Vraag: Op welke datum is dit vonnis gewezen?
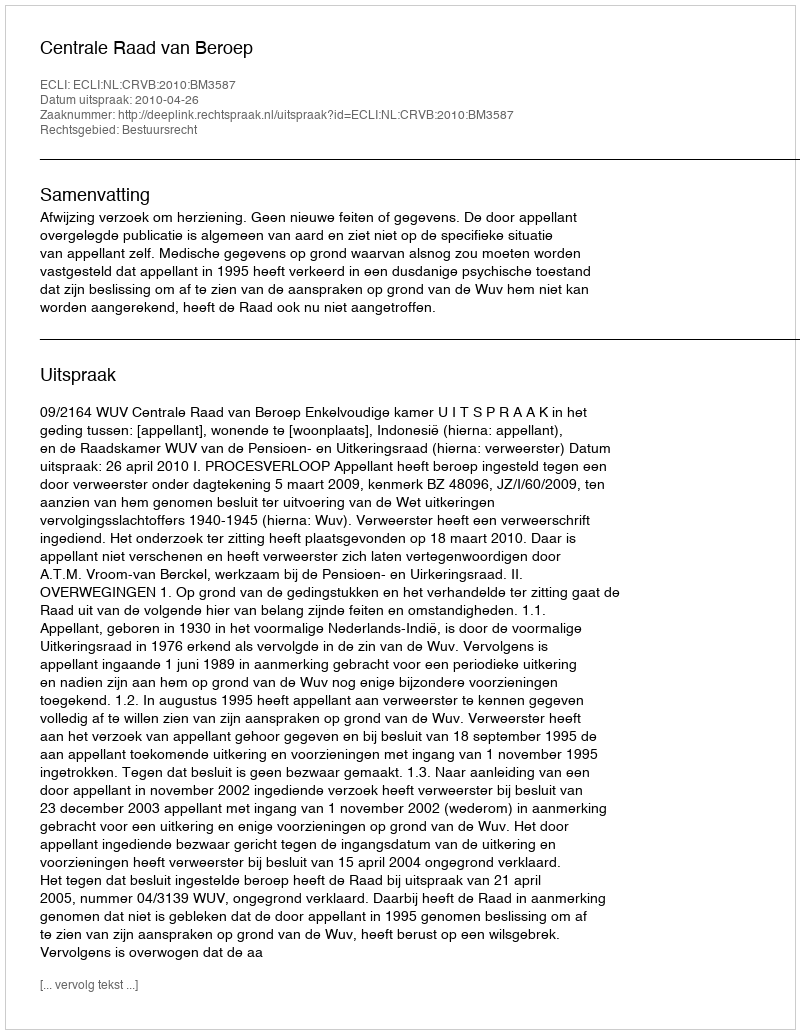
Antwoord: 2010-04-26